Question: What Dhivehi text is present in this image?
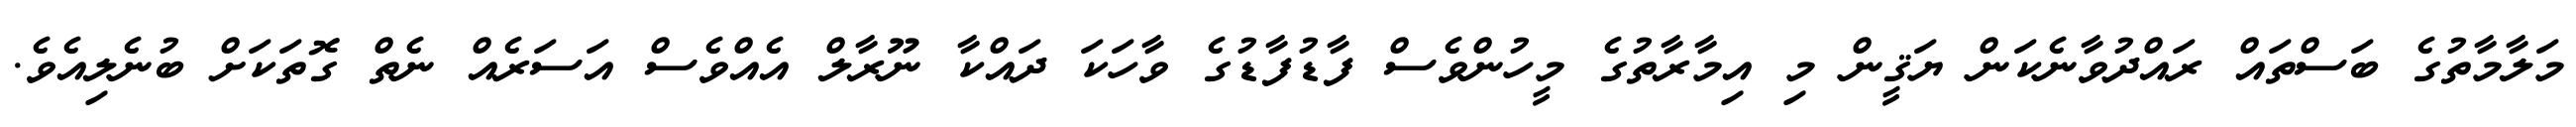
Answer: މަލާމާތުގެ ބަސްތައް ރައްދުވާނެކަން ޔަޤީން މި އިމާރާތުގެ މީހުންވެސް ފާޑުފާޑުގެ ވާހަކަ ދައްކާ ނޫރާލް އެއްވެސް އަސަރެއް ނެތް ގޮތަކަށް ބުނެލިއެވެ.